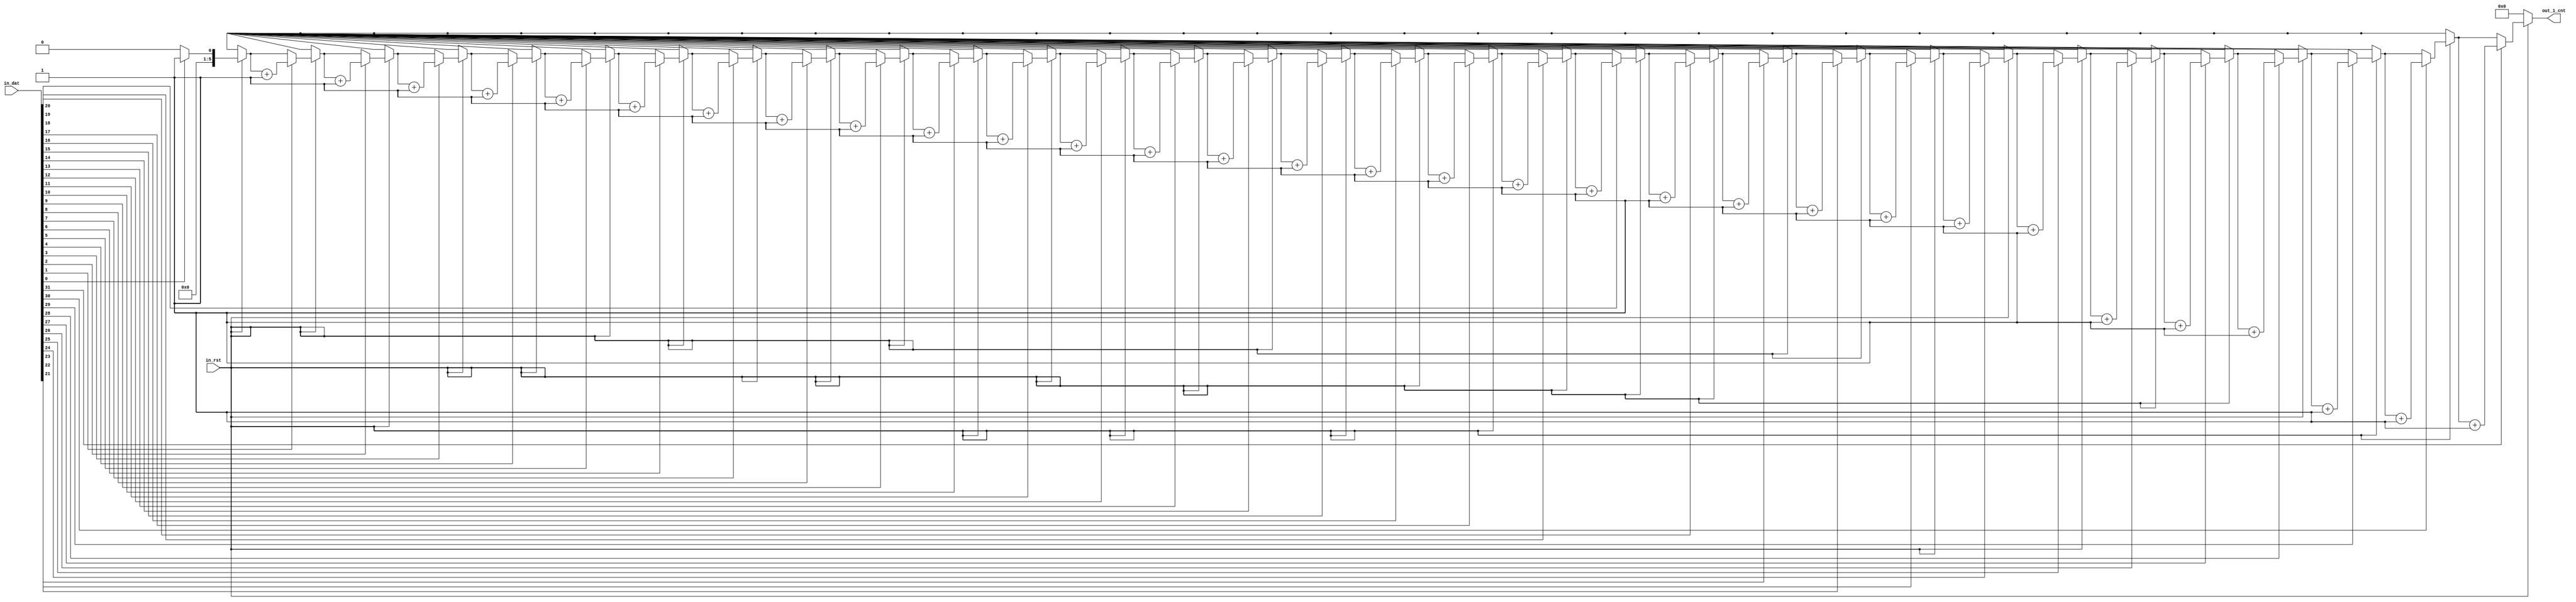


module count_1 #(
	parameter IN_LEN = 32 ,
			   OUT_LEN=5+1 

)
(
	input[IN_LEN-1:0] in_dat ,
	input in_rst ,
	output reg[OUT_LEN-1:0] out_1_cnt
);

reg [OUT_LEN-1:0]cnt;

always@(*)begin
	if(!in_rst)begin
		out_1_cnt=0;
	end
	else begin
		cnt=0;
		out_1_cnt=0;
		for(cnt=0;cnt<IN_LEN;cnt=cnt+1)begin
			if(in_dat[cnt] )begin out_1_cnt=out_1_cnt+1; end
		end
	end
end


endmodule